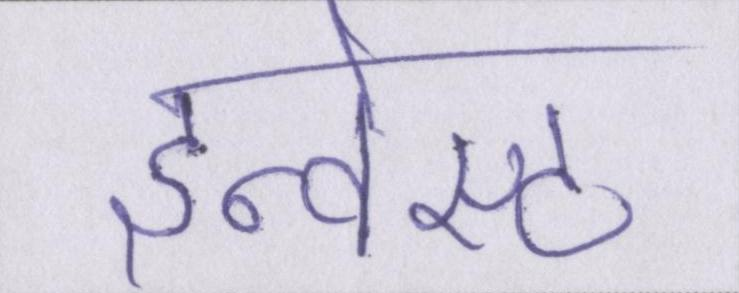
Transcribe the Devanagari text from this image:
इन्वेस्ट